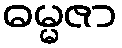
ဓမ္မဇာ